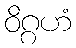
ဝိဂ္ဂဟံ